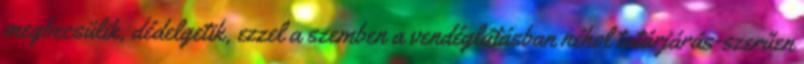
megbecsülik, dédelgetik, ezzel a szemben a vendéglátásban néhol tatárjárás-szerűen